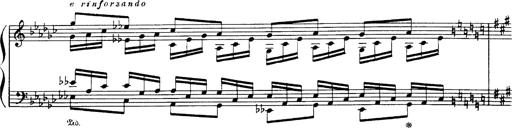
Title: Danza sacra e duetto finale dâ€™Aida
Composer: Franz Liszt